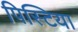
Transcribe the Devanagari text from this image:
पिस्टिया